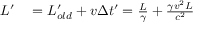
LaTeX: \begin{array} { r l } { L ^ { \prime } } & { { } = L _ { o l d } ^ { \prime } + v \Delta t ^ { \prime } = { \frac { L } { \gamma } } + { \frac { \gamma v ^ { 2 } L } { c ^ { 2 } } } } \end{array}